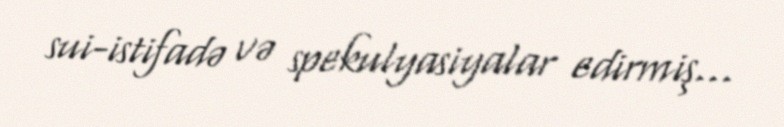
sui-istifadə və spekulyasiyalar edirmiş...